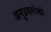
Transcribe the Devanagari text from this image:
अनुप्रयगोको